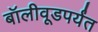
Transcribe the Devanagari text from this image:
बॉलीवूडपर्यंत